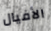
الأفيال